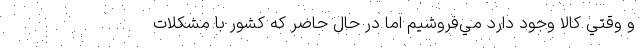
و وقتي كالا وجود دارد مي‌فروشیم اما در حال حاضر که کشور با مشکلات